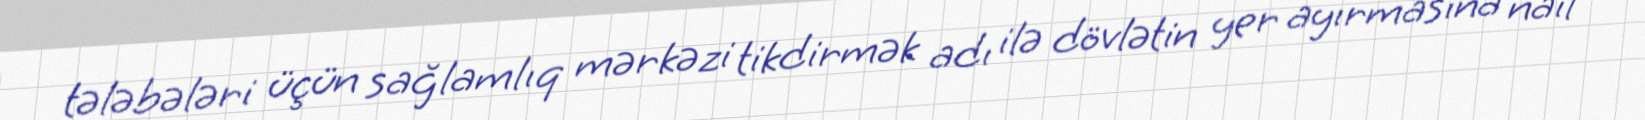
tələbələri üçün sağlamlıq mərkəzi tikdirmək adı ilə dövlətin yer ayırmasına nail